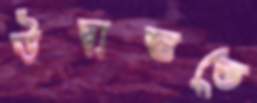
উদ্বাস্তুতে